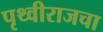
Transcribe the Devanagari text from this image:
पृथ्वीराजचा